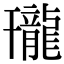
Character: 𪚒